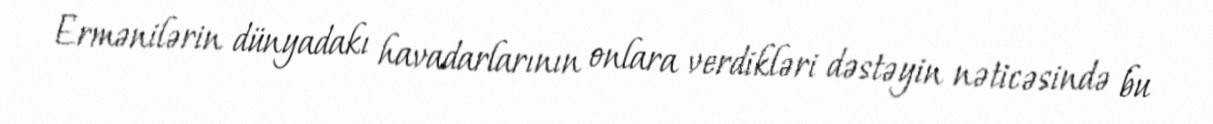
Ermənilərin dünyadakı havadarlarının onlara verdikləri dəstəyin nəticəsində bu